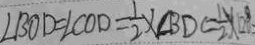
\angle B O D = \angle C O D = \frac { 1 } { 2 } \times \angle B D C = \frac { 1 } { 2 } \times 1 2 0 ^ { \circ }